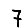
Digit: 7